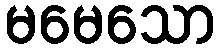
မမေသော